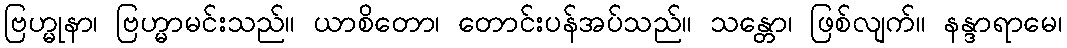
ဗြဟ္မုနာ၊ ဗြဟ္မာမင်းသည်။ ယာစိတော၊ တောင်းပန်အပ်သည်။ သန္တော၊ ဖြစ်လျက်။ နန္ဒာရာမေ၊